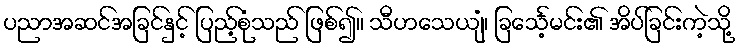
ပညာအဆင်အခြင်နှင့် ပြည့်စုံသည် ဖြစ်၍။ သီဟသေယျံ၊ ခြင်္သေ့မင်း၏ အိပ်ခြင်းကဲ့သို့